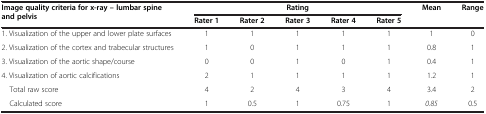
<table><thead><tr><td rowspan="2"><b>Image quality criteria for x-ray – lumbar spine and pelvis</b></td><td colspan="5"><b>Rating</b></td><td rowspan="2"><b>Mean</b></td><td rowspan="2"><b>Range</b></td></tr><tr><td><b>Rater 1</b></td><td><b>Rater 2</b></td><td><b>Rater 3</b></td><td><b>Rater 4</b></td><td><b>Rater 5</b></td></tr></thead><tbody><tr><td>1. Visualization of the upper and lower plate surfaces</td><td>1</td><td>1</td><td>1</td><td>1</td><td>1</td><td>1</td><td>0</td></tr><tr><td>2. Visualization of the cortex and trabecular structures</td><td>1</td><td>0</td><td>1</td><td>1</td><td>1</td><td>0.8</td><td>1</td></tr><tr><td>3. Visualization of the aortic shape/course</td><td>0</td><td>0</td><td>1</td><td>0</td><td>1</td><td>0.4</td><td>1</td></tr><tr><td>4. Visualization of aortic calcifications</td><td>2</td><td>1</td><td>1</td><td>1</td><td>1</td><td>1.2</td><td>1</td></tr><tr><td> Total raw score</td><td>4</td><td>2</td><td>4</td><td>3</td><td>4</td><td>3.4</td><td>2</td></tr><tr><td> Calculated score</td><td>1</td><td>0.5</td><td>1</td><td>0.75</td><td>1</td><td><i>0.85</i></td><td>0.5</td></tr></tbody></table>